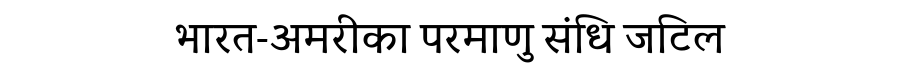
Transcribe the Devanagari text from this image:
भारत-अमरीका परमाणु संधि जटिल